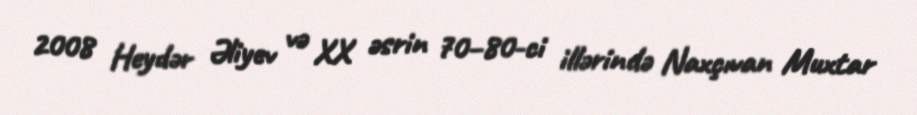
2008 Heydər Əliyev və XX əsrin 70–80-ci illərində Naxçıvan Muxtar